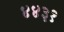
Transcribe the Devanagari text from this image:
४४३१